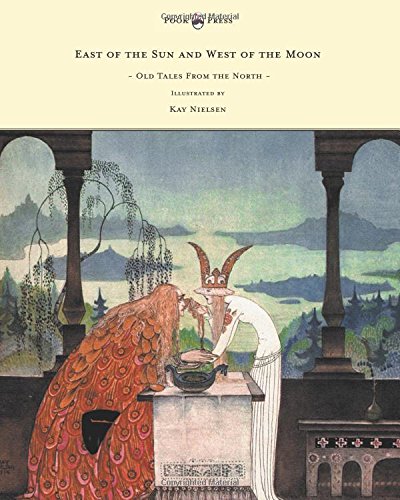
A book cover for East of the Sun and West of the Moon - Old Tales From the North - Illustrated by Kay Nielsen; Peter Christen AsbjÃ¸rnsen; Children's Books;